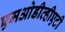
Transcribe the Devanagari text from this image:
एमओडीव्हीएटी